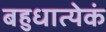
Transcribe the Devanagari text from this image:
बहुधात्येकं